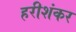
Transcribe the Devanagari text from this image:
हरीशंकर